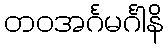
တဝအင်္ဂမင်္ဂါနိ